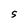
Character: S